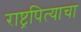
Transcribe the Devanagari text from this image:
राष्ट्रपित्याचा